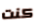
كنت